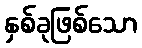
နှစ်ခုဖြစ်သော